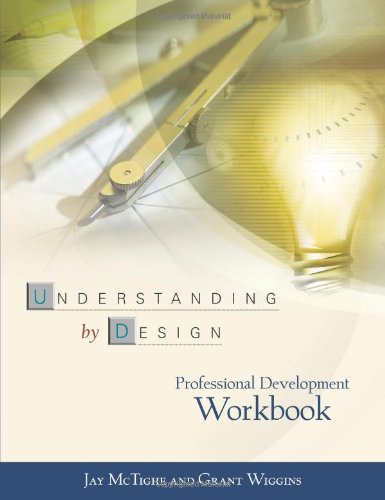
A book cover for Understanding by Design: Professional Development Workbook; Jay McTighe; Reference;